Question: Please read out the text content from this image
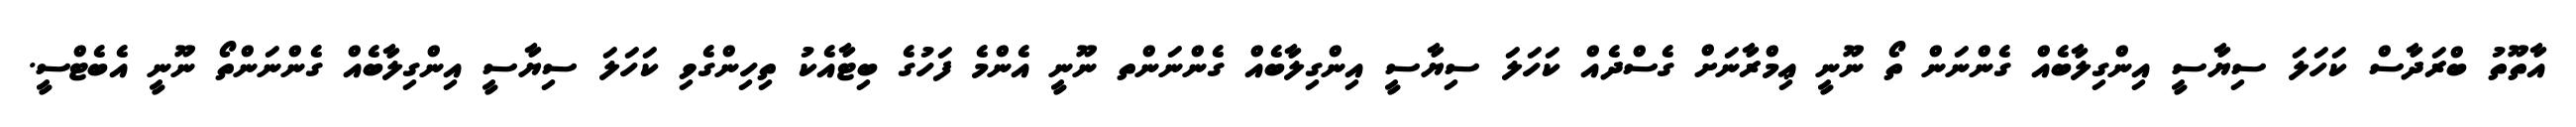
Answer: އާތޫތު ބްރަދާސް ކަހަލަ ސިޔާސީ އިންގިލާބެއް ގެންނަން ތޯ ނޫނީ ޢިމްރާނަށް ގެސްދެއް ކަހަލަ ސިޔާސީ އިންގިލާބެއް ގެންނަންތ ނޫނީ އެންމެ ފަހުގެ ބިޓާއެކު ތިހިންގެވި ކަހަލަ ސިޔާސީ އިންގިލާބެއް ގެންނަންތޯ ނޫނީ އެބެޓްސީ.